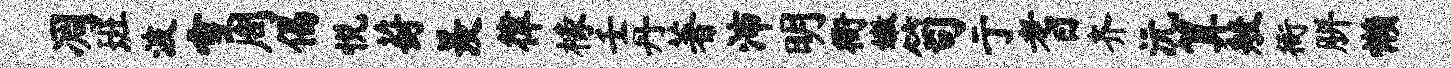
凋班波雪周偈悦葑羡律椽壬丹著沛明衙嫩笥亍耆齐沅算般衙胼懒